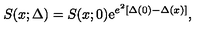
S ( x ; \Delta ) = S ( x ; 0 ) \mathrm { e } ^ { e ^ { 2 } [ \Delta ( 0 ) - \Delta ( x ) ] } ,